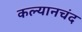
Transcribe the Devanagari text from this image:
कल्यानचंद